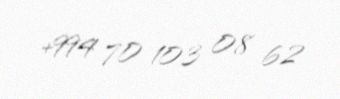
+994 70 103 08 62